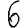
Digit: 6